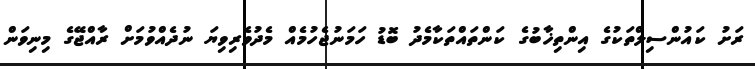
ރަށު ކައުންސިލްތަކުގެ އިންތިޚާބުގެ ކަންތައްތަކާމެދު ބޮޑު ހަމަނުޖެހުމެއް މެދުވެރިވިޔަ ނުދެއްވުމަށް ރާއްޖޭގެ މިނިވަން